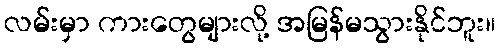
လမ်းမှာ ကားတွေများလို့ အမြန်မသွားနိုင်ဘူး။